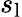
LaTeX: s_{\mathrm{l}}